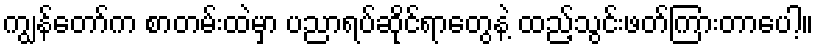
ကျွန်တော်က စာတမ်းထဲမှာ ပညာရပ်ဆိုင်ရာတွေနဲ့ ထည့်သွင်းဖတ်ကြားတာပေါ့။